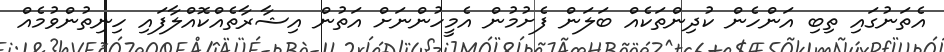
އެތަނުގައި ތިބި އަންހެން ކުދިންތަކެއް ބަލަން ފެށުމުން އެމީހުންނަށް އަތުން އިޝާރާތެއްކޮއްލާފައި ހިނިތުންވުމެއް